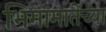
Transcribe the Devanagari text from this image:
भिमामातेच्या